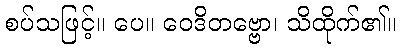
စပ်သဖြင့်။ ပေ။ ဝေဒိတဗ္ဗော၊ သိထိုက်၏။